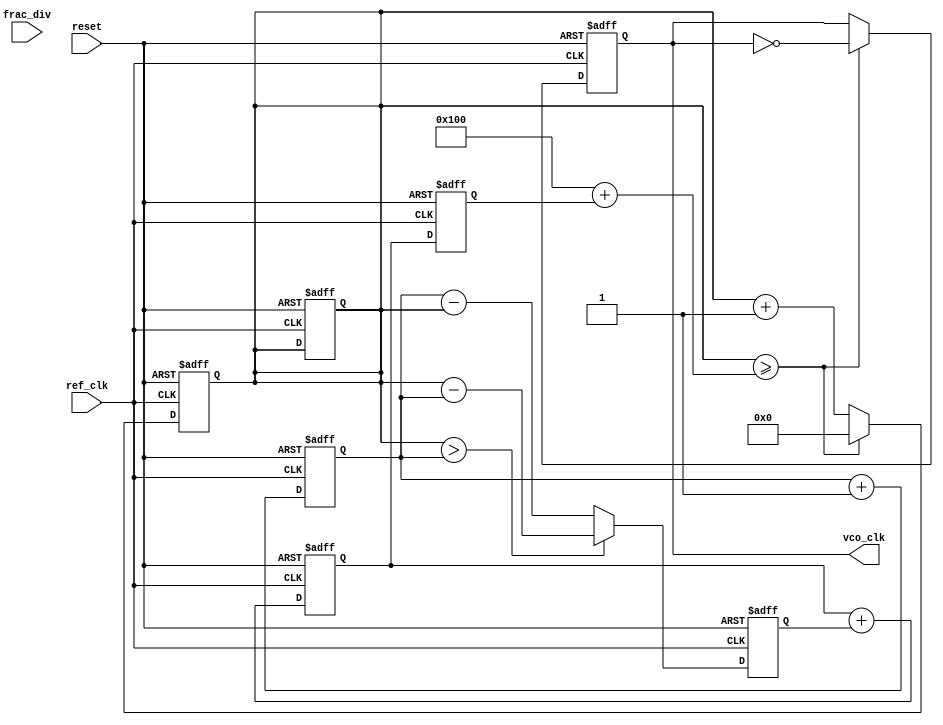
module fractional_PLL (
    input wire ref_clk,           // Reference clock input
    input wire reset,            // Reset signal
    input wire [15:0] frac_div,  // Fractional division value
    output reg vco_clk           // Output VCO clock
);

    // Parameters
    parameter integer N = 16;    // Bit-width for internal counters
    parameter integer M = 256;    // Prescale for the VCO

    // Internal signals
    reg [N-1:0] counter_ref;      // Reference clock counter
    reg [N-1:0] counter_vco;      // VCO clock counter
    reg [N-1:0] phase_error;      // Phase error signal
    reg [N-1:0] loop_filter_out;  // Output from the loop filter
    reg [N-1:0] vco_control;      // Control voltage for the VCO

    // Phase Detector
    always @(posedge ref_clk or posedge reset) begin
        if (reset) begin
            counter_ref <= 0;
            counter_vco <= 0;
            phase_error <= 0;
        end else begin
            // Increment reference clock counter
            counter_ref <= counter_ref + 1;

            // Compare with feedback clock (VCO clock)
            if (counter_vco > counter_ref) begin
                phase_error <= counter_vco - counter_ref;
            end else begin
                phase_error <= counter_ref - counter_vco;
            end
        end
    end

    // Loop Filter (Simple Integrator)
    always @(posedge ref_clk or posedge reset) begin
        if (reset) begin
            loop_filter_out <= 0;
        end else begin
            // Simple integrator for loop filter
            loop_filter_out <= loop_filter_out + phase_error;
        end
    end

    // Voltage-Controlled Oscillator (VCO)
    always @(posedge ref_clk or posedge reset) begin
        if (reset) begin
            vco_control <= 0;
            counter_vco <= 0;
            vco_clk <= 0;
        end else begin
            // Update VCO control voltage based on loop filter output
            vco_control <= loop_filter_out;

            // Generate VCO clock based on control voltage
            if (counter_vco >= (M + vco_control)) begin
                vco_clk <= ~vco_clk; // Toggle VCO clock
                counter_vco <= 0;
            end else begin
                counter_vco <= counter_vco + 1;
            end
        end
    end

endmodule